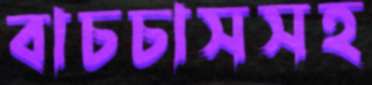
বাচচাসসহ